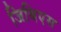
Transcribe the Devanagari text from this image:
जिबिएस